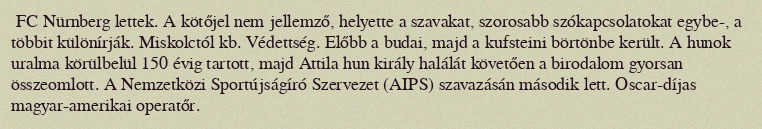
FC Nürnberg lettek. A kötőjel nem jellemző, helyette a szavakat, szorosabb szókapcsolatokat egybe-, a többit különírják. Miskolctól kb. Védettség. Előbb a budai, majd a kufsteini börtönbe került. A hunok uralma körülbelül 150 évig tartott, majd Attila hun király halálát követően a birodalom gyorsan összeomlott. A Nemzetközi Sportújságíró Szervezet (AIPS) szavazásán második lett. Oscar-díjas magyar-amerikai operatőr.